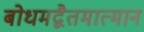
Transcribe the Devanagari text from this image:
बोधमद्वैतमात्मानं